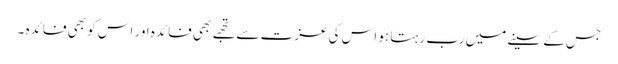
جس کے سینے میں رب رہتا ہو اس کی عزت سے تجھے بھی فائدہ اور اس کو بھی فائدہ ۔